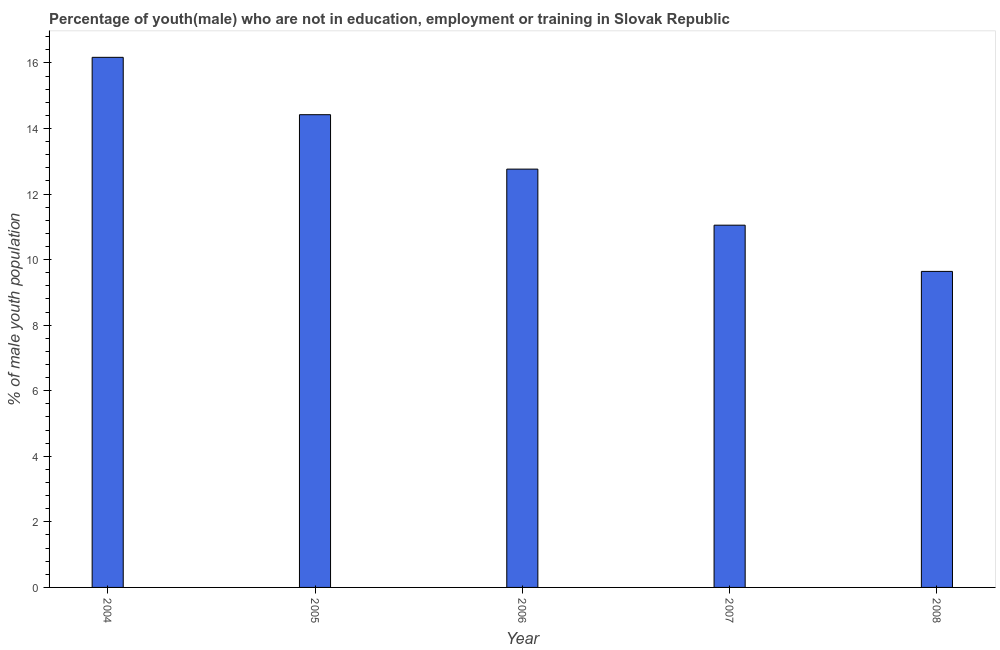
| Year | Unemployed(male) |
 | --- | --- |
 | 2004 | 16.2 |
 | 2005 | 14.4 |
 | 2006 | 12.8 |
 | 2007 | 11.1 |
 | 2008 | 9.64 |